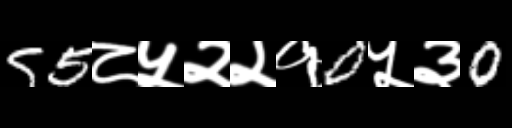
Text: 55८५२२१0५३0